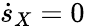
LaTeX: \dot{s}_{X}=0